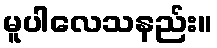
မူပါလေသနည်း။